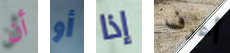
أن أو إذا أعرف